Vaccination in the Punjab 1897-1904 - 1897-1904
Year: 1897
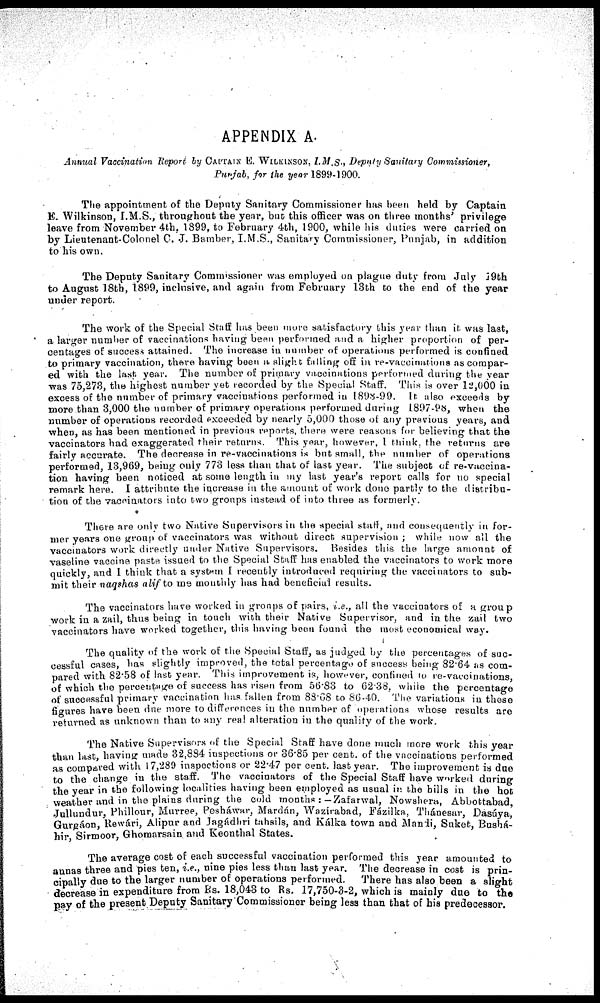
APPENDIX A.
Annual Vaccination Report by CAPTAIN E. WILKINSON, I.M.S., Deputy Sanitary Commissioner,
Punjab, for the year 1899-1900.
The appointment of the Deputy Sanitary Commissioner has been held by Captain
E. Wilkinson, I.M.S., throughout the year, but this officer was on three months' privilege
leave from November 4th. 1899, to February 4th, 1900, while his duties were carried on
by Lieutenant-Colonel C. J. Bamber, I.M.S., Sanitary Commissioner, Punjab, in addition
to his own.
The Deputy Sanitary Commissioner was employed on plague duty from July 19th
to August 18th, 1899, inclusive, and again from February 13th to the end of the year
under report.
The work of the Special Staff has been more satisfactory this year than it was last,
a larger number of vaccinations having been performed and a higher proportion of per-
centages of success attained. The increase in number of operations performed is confined
to primary vaccination, there having been a slight falling off in re-vaccinations as compar-
ed with the last year. The number of primary vaccinations performed during the year
was 75,273, the highest number yet recorded by the Special Staff. This is over 12,000 in
excess of the number of primary vaccinations performed in 1898-99. It also exceeds by
more than 3,000 the number of primary operations performed during 1897-98, when the
number of operations recorded exceeded by nearly 5,000 those of any previous years, and
when, as has been mentioned in previous reports, there were reasons for believing that the
vaccinators had exaggerated their returns. This year, however, I think, the returns are
fairly accurate. The decrease in re-vaccinations is but small, the number of operations
performed, 13,969, being only 773 less than that of last year. The subject of re-vaccina-
tion having been noticed at some length in my last year's report calls for no special
remark here. I attribute the increase in the amount of work done partly to the distribu-
tion of the vaccinators into two groups instead of into three as formerly.
There are only two Native Supervisors in the special staff, and consequently in for-
mer years one group of vaccinators was without direct supervision ; while now all the
vaccinators work directly under Native Supervisors. Besides this the large amount of
vaseline vaccine paste issued to the Special Staff has enabled the vaccinators to work more
quickly, and I think that a system I recently introduced requiring the vaccinators to sub-
mit their naqshas alif to me monthly has had beneficial results.
The vaccinators have worked in groups of pairs, i.e., all the vaccinators of a group
work in a zail, thus being in touch with their Native Supervisor, and in the zail two
vaccinators have worked together, this having been found the most economical way.
The quality of the work of the Special Staff, as judged by the percentages of suc-
cessful cases, has slightly improved, the total percentage of success being 82.64 as com-
pared with 82.58 of last year. This improvement is, however, confined to re-vaccinations,
of which the percentage of success has risen from 56.83 to 62.38, while the percentage
of successful primary vaccination has fallen from 88.68 to 86.40. The variations in these
figures have been due more to differences in the number of Operations whose results are
returned as unknown than to any real alteration in the quality of the work.
The Native Supervisors of the Special Staff have done much more work this year
than last, having made 32,884 inspections or 36.85 per cent. of the vaccinations performed
as compared with 17,289 inspections or 22.47 per cent. last year. The improvement is due
to the change in the staff. The vaccinators of the Special Staff have worked during
the year in the following localities having been employed as usual in the hills in the hot
weather and in the plains during the cold months : -Zafarwal, Nowshera, Abbottabad,
Jullundur, Phillour, Murree, Pesháwar, Mardán, Wazírabad, Fázilka, Thánesar, Dasúya,
Gurgáon, Rewári, Alipur and Jagádhri tahsils, and Kálka town and Mandi, Suket, Bushá-
hir Sirmoor, Ghomarsain and Keonthal States.
The average cost of each successful vaccination performed this year amounted to
annas three and pies ten, i.e., nine pies less than last year. The decrease in cost is prin-
cipally due to the larger number of operations performed.
There has also been a slight
decrease in expenditure from Rs. 18,043 to Rs. 17,750-3-2, which is mainly due to the
pay of the present Deputy Sanitary Commissioner being less than that of his predecessor.